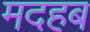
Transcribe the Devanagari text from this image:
मदहब